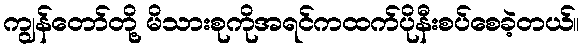
ကျွန်တော်တို့ မိသားစုကိုအရင်ကထက်ပိုနီးစပ်စေခဲ့တယ်။